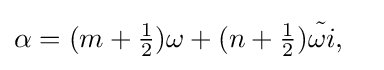
\alpha =(m+{\tfrac {1}{2}})\omega +(n+{\tfrac {1}{2}}){\tilde {\omega i}},\quad